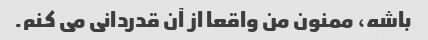
باشه، ممنون من واقعا از آن قدردانی می کنم.